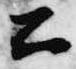
公